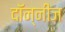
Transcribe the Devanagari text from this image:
दॉन्नीज